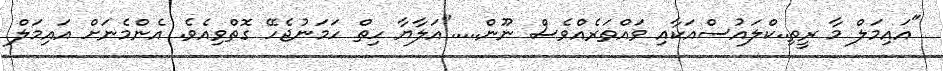
"އައިމަލް މާ ރީތި..ކްލައުސްއަކާއި ވައްތަރެއްވެސް ނޫން....."އަލާޔާ ހިތް ހަމަނުޖެހޭ ގޮތްވިއެވެ. އެންމެނަށް އައިމަލް